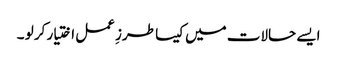
ایسے حالات میں کیسا طرزِ عمل اختیار کر لو ۔